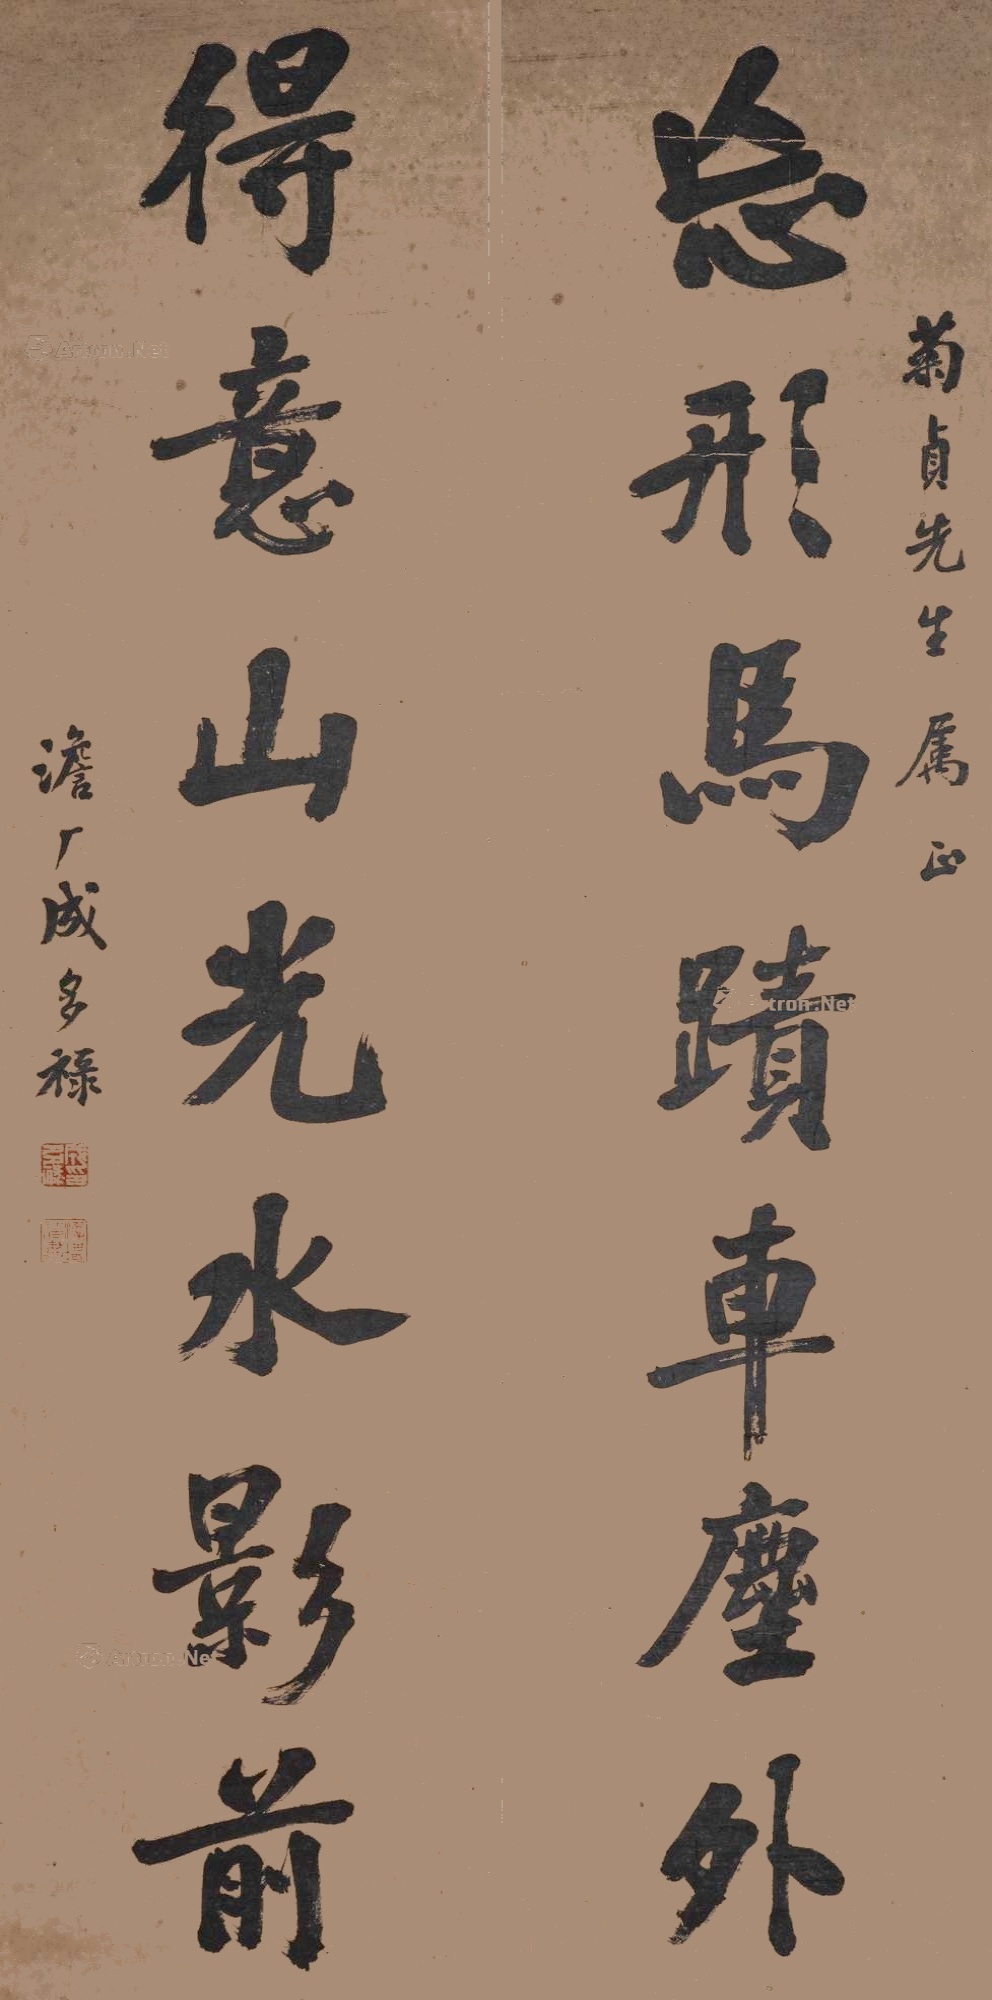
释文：忘形马迹车尘外，得意山光水影前。菊贞先生属正，澹厂成多禄。